Calcutta medical institutions reports 1871-78
Year: 1871
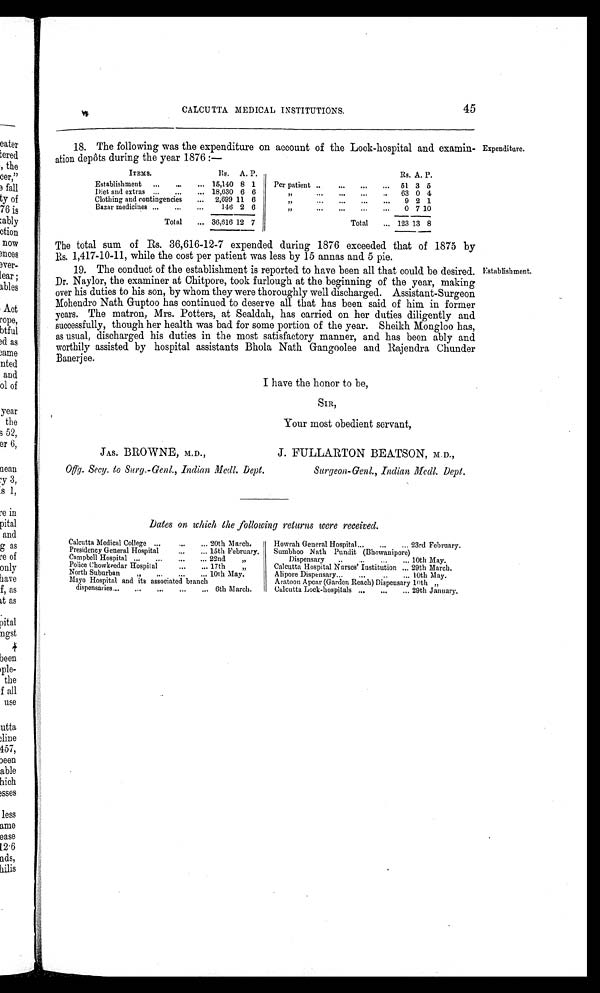
CALCUTTA MEDICAL INSTITUTIONS.
45
18. The following was the expenditure on account of the Lock-hospital and examin
-ation depôts during the year 1876:—
Expenditure.
ITEMS.
Rs. A. P.
Establishment ...
...
... 15,140 8 1
Diet and extras ...
...
... 18,630 6 6
Clothing and contingencies
... 2,699 11 6
Bazar medicines ...
...
...
146 2 6
Total
... 36,616 12 7
Rs. A. P.
Per patient ..
...
...
... 51 3 5
”
...
... ...
.. 63 0 4
”
... ... ...
... 9 2 1
”
...
... ... ...
0 7 10
Total
... 123 13 8
The total sum of Rs. 36,616-12-7 expended during 1876 exceeded that of 1875 by
Rs. 1,417-10-11, while the cost per patient was less by 15 annas and 5 pie.
19. The conduct of the establishment is reported to have been all that could be desired.
Dr. Naylor, the examiner at Chitpore, took furlough at the beginning of the year, making
over his duties to his son, by whom they were thoroughly well discharged. Assistant-Surgeon
Mohendro Nath Guptoo has continued to deserve all that has been said of him in former
years. The matron, Mrs. Potters, at Sealdah, has carried on her duties diligently and
successfully, though her health was bad for some portion of the year. Sheikh Mongloo has,
as usual, discharged his duties in the most satisfactory manner, and has been ably and
worthily assisted by hospital assistants Bhola Nath Gangoolee and Rajendra Chunder
Banerjee.
I have the honor to be,
SIR,
Your most obedient servant,
Establishment.
JAS. BROWNE, M.D.,
Offg. Secy. to Surg.-Genl., Indian Medl. Dept.
J. FULLARTON BEATSON, M.D.,
Surgeon-Genl., Indian Mcdl. Dept.
Dates on which the following returns were received.
Calcutta Medical College ...
...
... 20th March.
Presidency General Hospital
... ... 15th February.
Campbell Hospital ...
...
... ... 22nd "
Police Chowkeedar Hospital.
...
... 17th
"
North Suburban
,, ...
...
.. 10th May.
Mayo Hospital and its associated branch
dispensaries...
...
...
...
... 6th March.
Howrah General Hospital...
...
... 23rd February.
Sumbhoo Nath Pundit (Bhowanipore)
Dispensary ..
..
... ... 10th May.
Calcutta Hospital Nurses' institution ... 29th March.
Alipore Dispensary...
...
..
... 10th May.
Aratoon Apcar (Garden Reach) Dispensary 10th „
Calcutta Lock-hospitals ... ... ... 29th January.